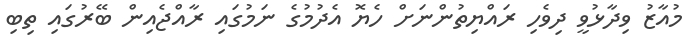
މުއާޒު ވިދާޅުވީ ދިވެހި ރައްޔިތުންނަށް ހެޔޮ އެދުމުގެ ނަމުގައި ރާއްޖެއިން ބޭރުގައި ތިބި